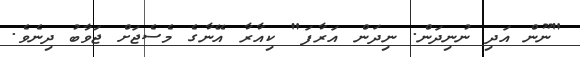
"ނޫން އަދި ނުނިދަން. ނިދަން އަރާފަ" ކިއާރާ އޭނާގެ މެސެޖަށް ޖަވާބު ދިނެވެ.